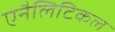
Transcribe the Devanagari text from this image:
एनैलिटिकल